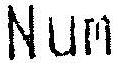
NUM